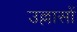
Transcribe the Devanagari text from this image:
उल्लासों